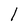
Character: l